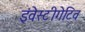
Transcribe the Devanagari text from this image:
इंवेस्टीगेटिव